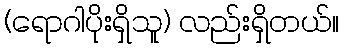
(ရောဂါပိုးရှိသူ) လည်းရှိတယ်။